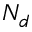
N _ { d }